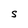
Character: S